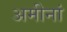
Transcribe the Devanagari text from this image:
अमीनां